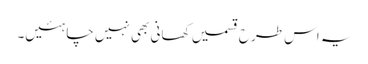
یہ اس طرح قسمیں کھانی بھی نہیں چاہئیں۔